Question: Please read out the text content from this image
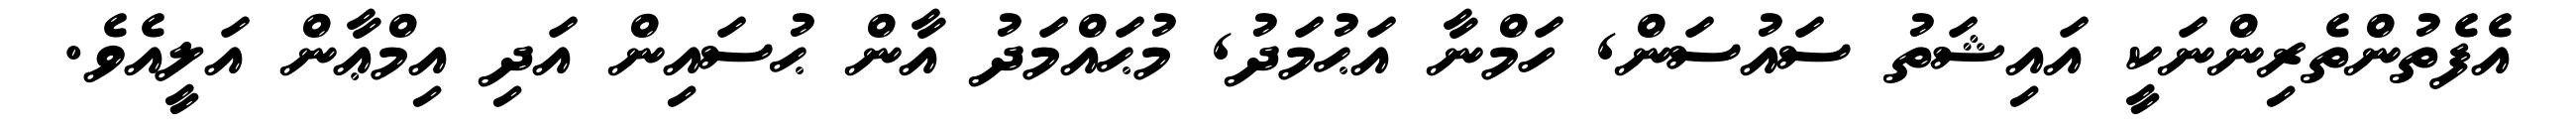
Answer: އެފެތުންތެރިންނަކީ އައިޝަތު ސައުސަން, ހަމްނާ އަޙުމަދު, މުޙައްމަދު އާން ޙުސައިން އަދި އިމްޢާން އަލީއެވެ.